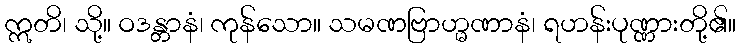
ဣတိ၊ သို့။ ဝဒန္တာနံ၊ ကုန်သော။ သမဏဗြာဟ္မဏာနံ၊ ရဟန်းပုဏ္ဏားတို့၏။